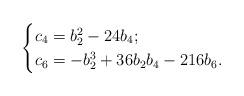
LaTeX: \begin{align*} \begin{cases}c_4=b_2^2-24b_4;\\c_6=-b_2^3+36b_2b_4-216 b_6.\end{cases}\end{align*}